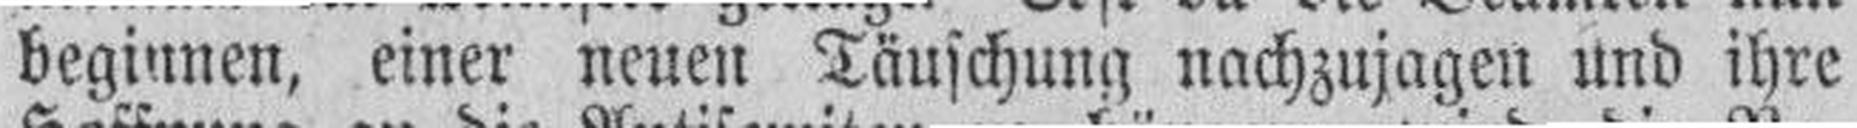
beginnen, einer neuen Täuschung nachzujagen und ihre